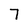
Character: 7